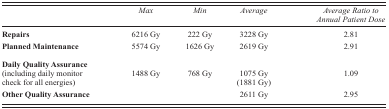
|  | Max | Min | Average | Average Ratio to Annual Patient Dose |
 | --- | --- | --- | --- | --- |
 | Repairs | 6216 Gy | 222 Gy | 3228 Gy | 2.81 |
 | Planned Maintenance | 5574 Gy | 1626 Gy | 2619 Gy | 2.91 |
 | Daily Quality Assurance (including daily monitor check for all energies) | 1488 Gy | 768 Gy | 1075 Gy (1881 Gy) | 1.09 |
 | Other Quality Assurance |  |  | 2611 Gy | 2.95 |